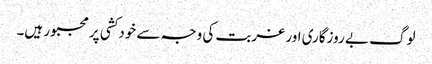
لوگ بے روزگاری اور غربت کی وجہ سے خودکشی پر مجبور ہیں۔